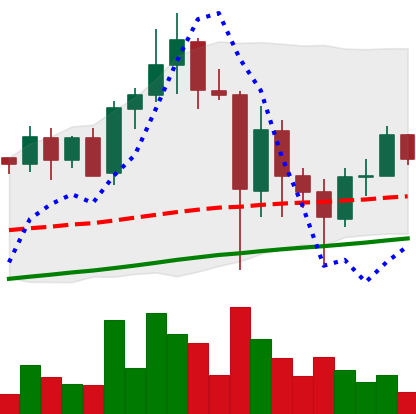
Ticker: ADA-USD
Chart end date: 2021-05-27
Forward return: 5.395%
Label: up_5_7